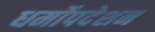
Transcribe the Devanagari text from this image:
धर्मोपदेशन